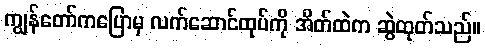
ကျွန်တော်ကပြောမှ လက်ဆောင်ထုပ်ကို အိတ်ထဲက ဆွဲထုတ်သည်။